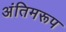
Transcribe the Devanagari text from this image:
अंतिमरूप